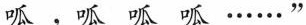
呱 ， 呱 呱 呱 ……”